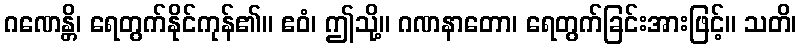
ဂဏေန္တိ၊ ရေတွက်နိုင်ကုန်၏။ ဧဝံ၊ ဤသို့။ ဂဏနာတော၊ ရေတွက်ခြင်းအားဖြင့်။ သတိ၊